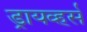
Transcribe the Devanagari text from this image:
ड्रायव्हर्स